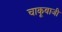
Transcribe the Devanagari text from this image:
चाकूबाजी